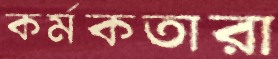
কর্মকতারা